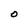
Character: O